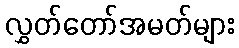
လွှတ်တော်အမတ်များ